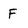
Character: F